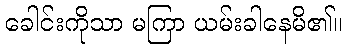
ခေါင်းကိုသာ မကြာ ယမ်းခါနေမိ၏။